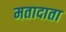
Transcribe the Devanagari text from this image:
मतादाता